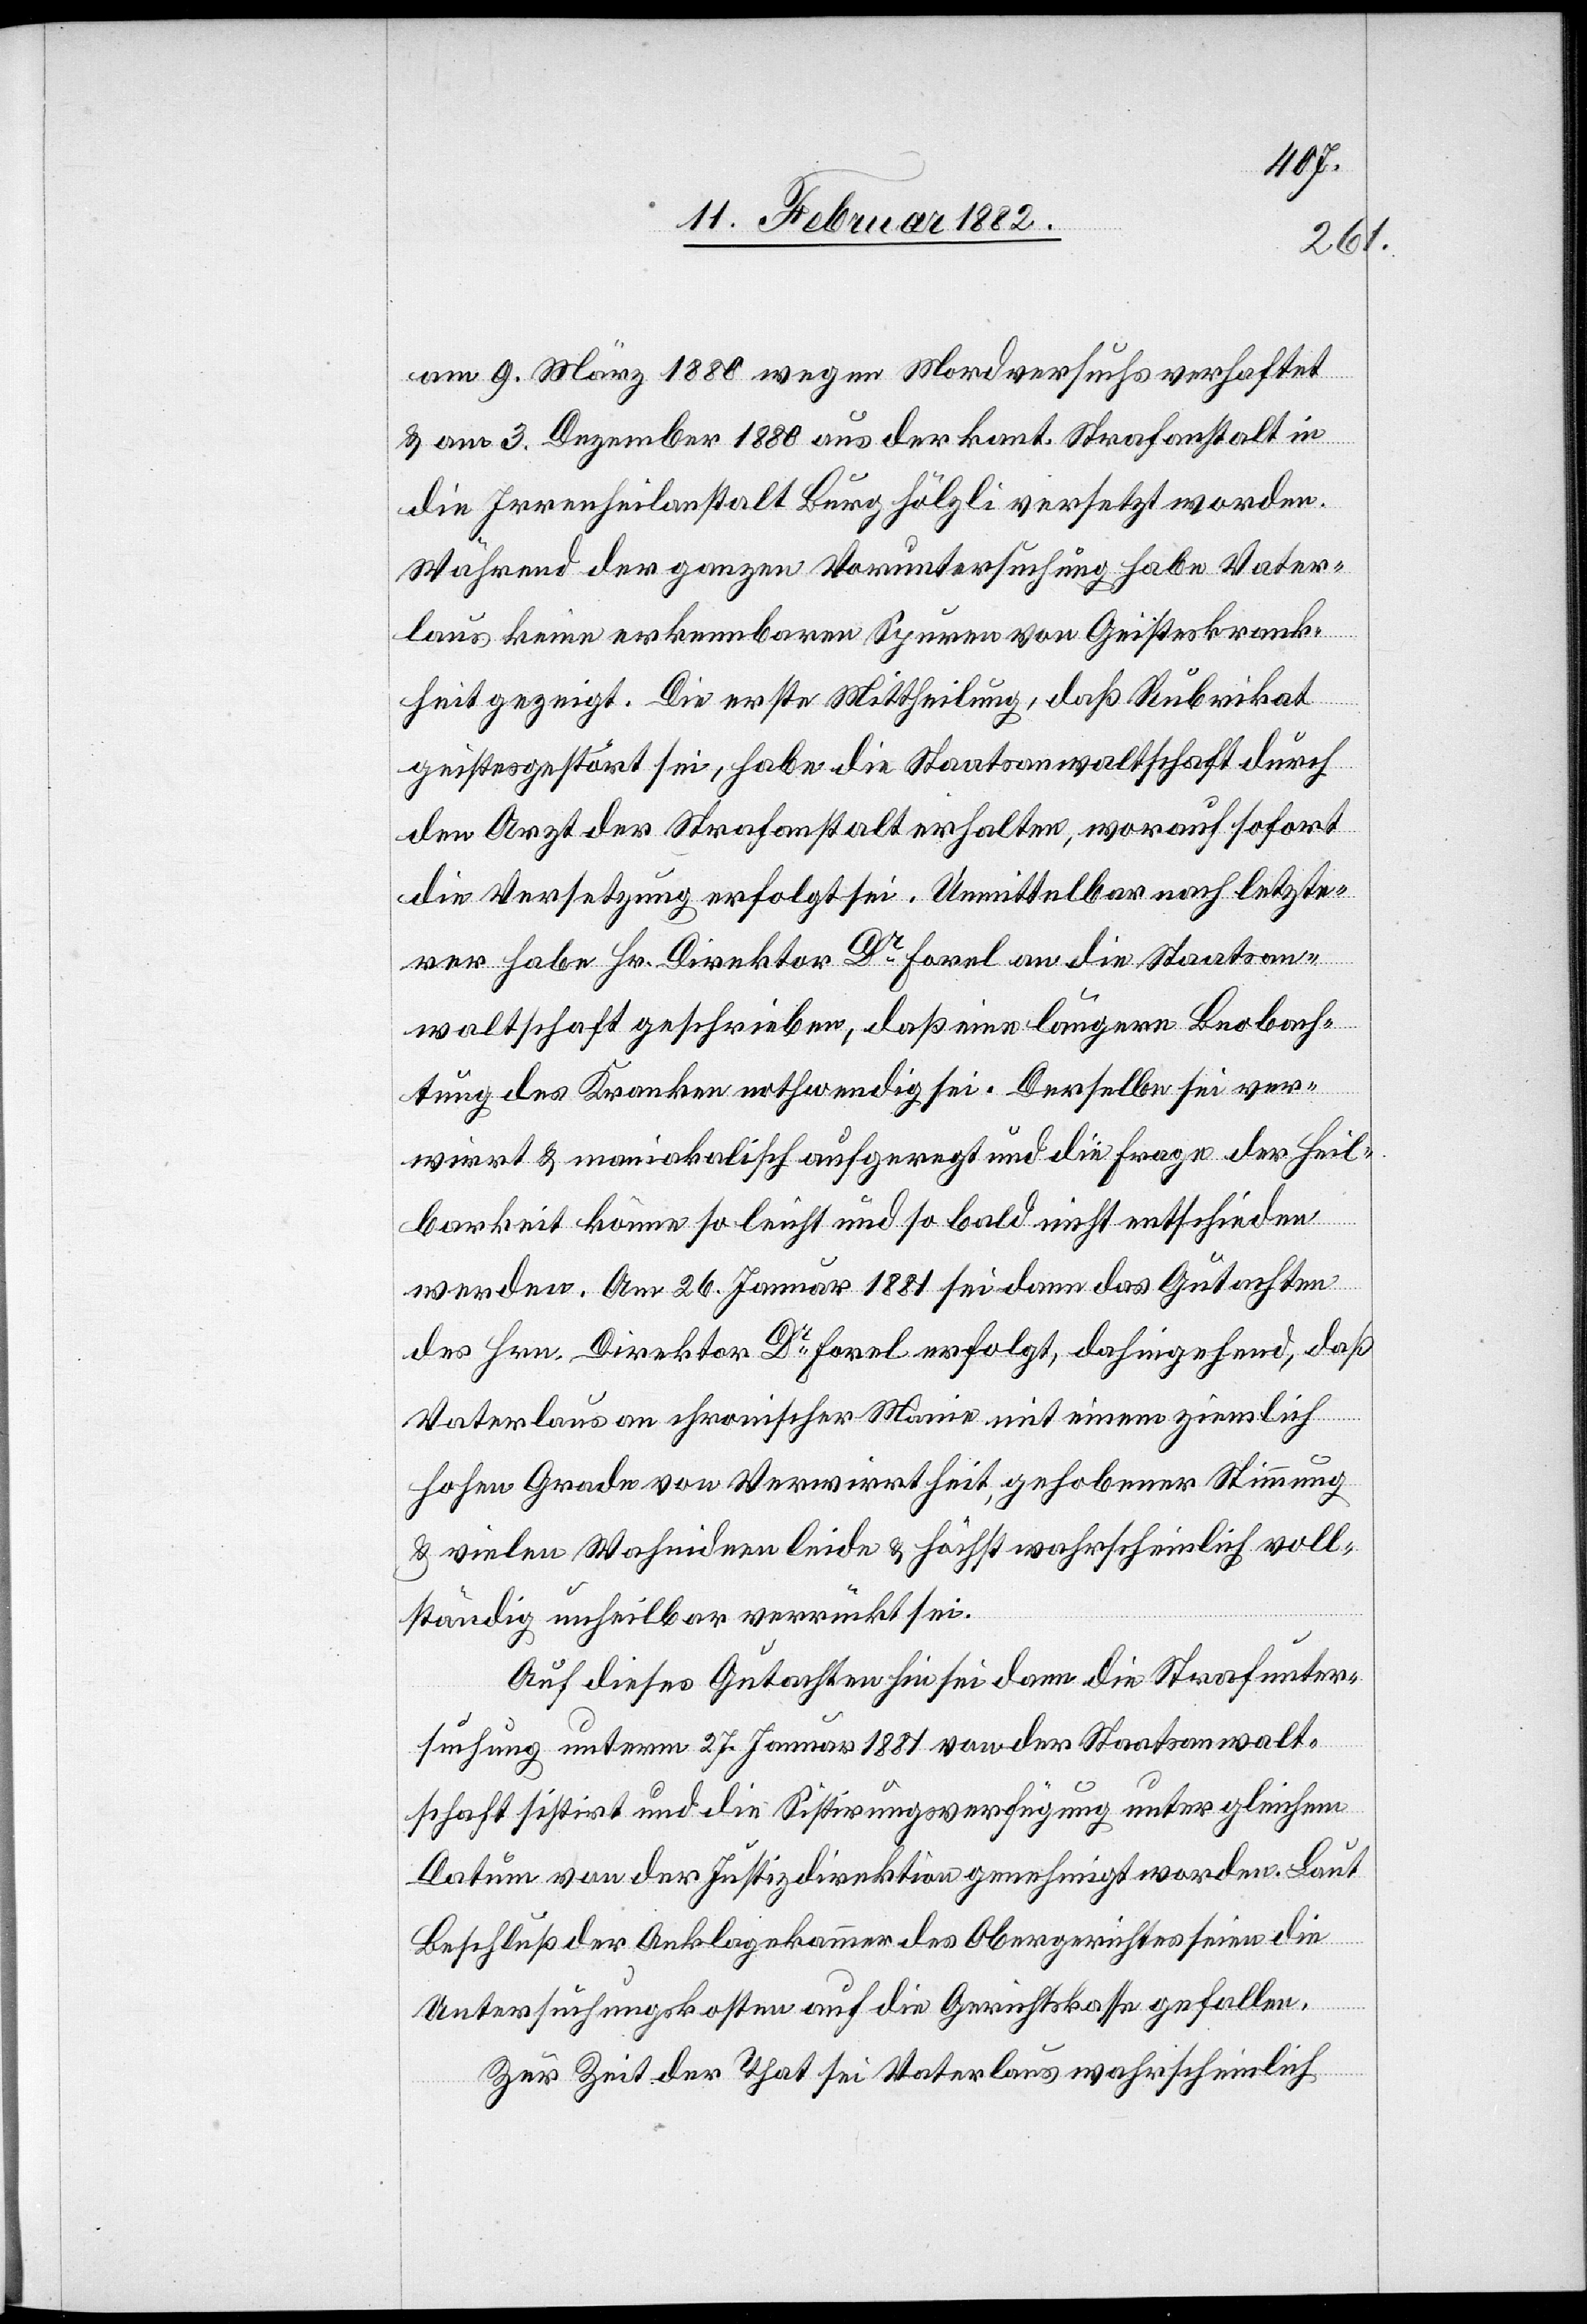
am 9. März 1880 wegen Mordversuchs verhaftet
& am 3. Dezember 1880 aus der kant. Strafanstalt in
die Irrenheilanstalt Burghölzli versetzt worden.
Währen der ganzen Voruntersuchung habe Vater¬
laus keine erkennbaren Spuren von Geisteskrank¬
heit gezeigt, Die erste Mittheilung, daß Rubrikat
geistesgestört sei, habe die Staatsanwaltschaft durch
den Arzt der Strafanstalt erhalten, worauf sofort
die Versetzung erfolgt sei. Unmittelbar nach letzte¬
rer habe Hr. Direktor Dr Forel an die Staatsan¬
waltschaft geschrieben, daß eine längere Beobach¬
tung des Kranken nothwendig sei. Derselbe sei ver¬
wirrt & maniakalisch aufgeregt und die Frage der Heil¬
barkeit könne so leicht und so bald nicht entschieden
werden. Am 26. Januar 1881 sei dann das Gutachten
des Hrn. Direktor Dr Forel erfolgt, dahingehend, daß
Vaterlaus an chronischer Manie mit einem ziemlich
hohem Grade von Verwirrtheit, gehobener Stimmung
& vielen Wahnideen leide & höchst wahrscheinlich voll¬
ständig unheilbar verrückt sei.
Auf dieses Gutachten sei dann die Strafunter¬
suchung unterm 27. Januar 1881 von der Staatsanwalt¬
schaft sistirt und die Sistirungsverfügung unter gleichem
Datum von der Justizdirektion genehmigt worden. Laut
Beschluß der Anklagekammer des Obergerichtes seien die
Untersuchungskosten auf die Gerichtskasse gefallen.
Zur Zeit der That sei Vaterlaus wahrscheinlich